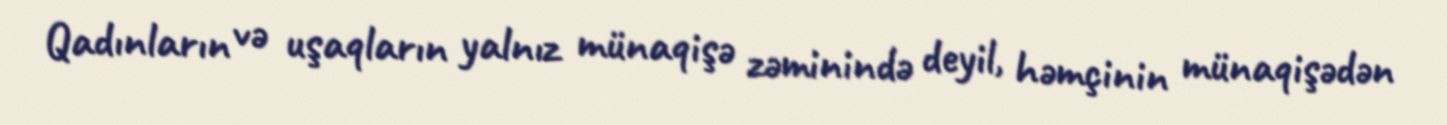
Qadınların və uşaqların yalnız münaqişə zəminində deyil, həmçinin münaqişədən